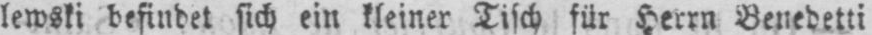
lewski befindet sich ein kleiner Tisch für Herrn Benedetti